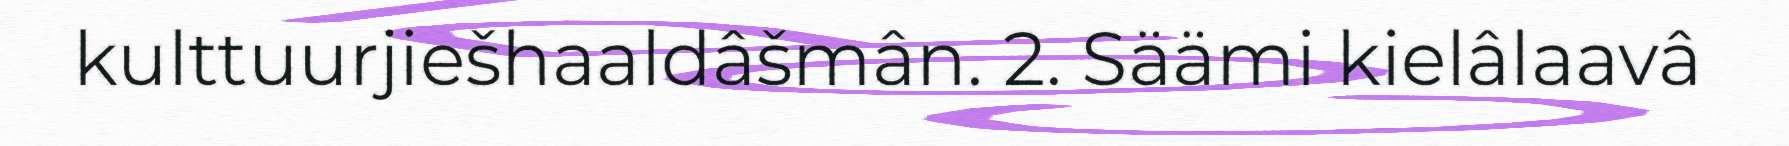
kulttuurjiešhaaldâšmân. 2. Säämi kielâlaavâ